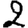
Digit: 2